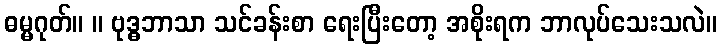
ဓမ္မဂုတ်။ ။ ဗုဒ္ဓဘာသာ သင်ခန်းစာ ရေးပြီးတော့ အစိုးရက ဘာလုပ်သေးသလဲ။